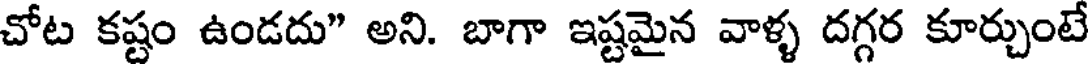
చోట కష్టం ఉండదు" అని. బాగా ఇష్టమైన వాళ్ళ దగ్గర కూర్చుంటే